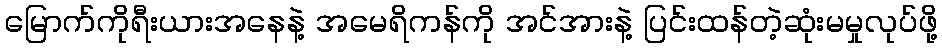
မြောက်ကိုရီးယားအနေနဲ့ အမေရိကန်ကို အင်အားနဲ့ ပြင်းထန်တဲ့ဆုံးမမှုလုပ်ဖို့